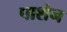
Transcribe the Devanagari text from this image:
पाशेन